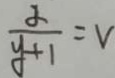
\frac { \alpha } { y + 1 } = V